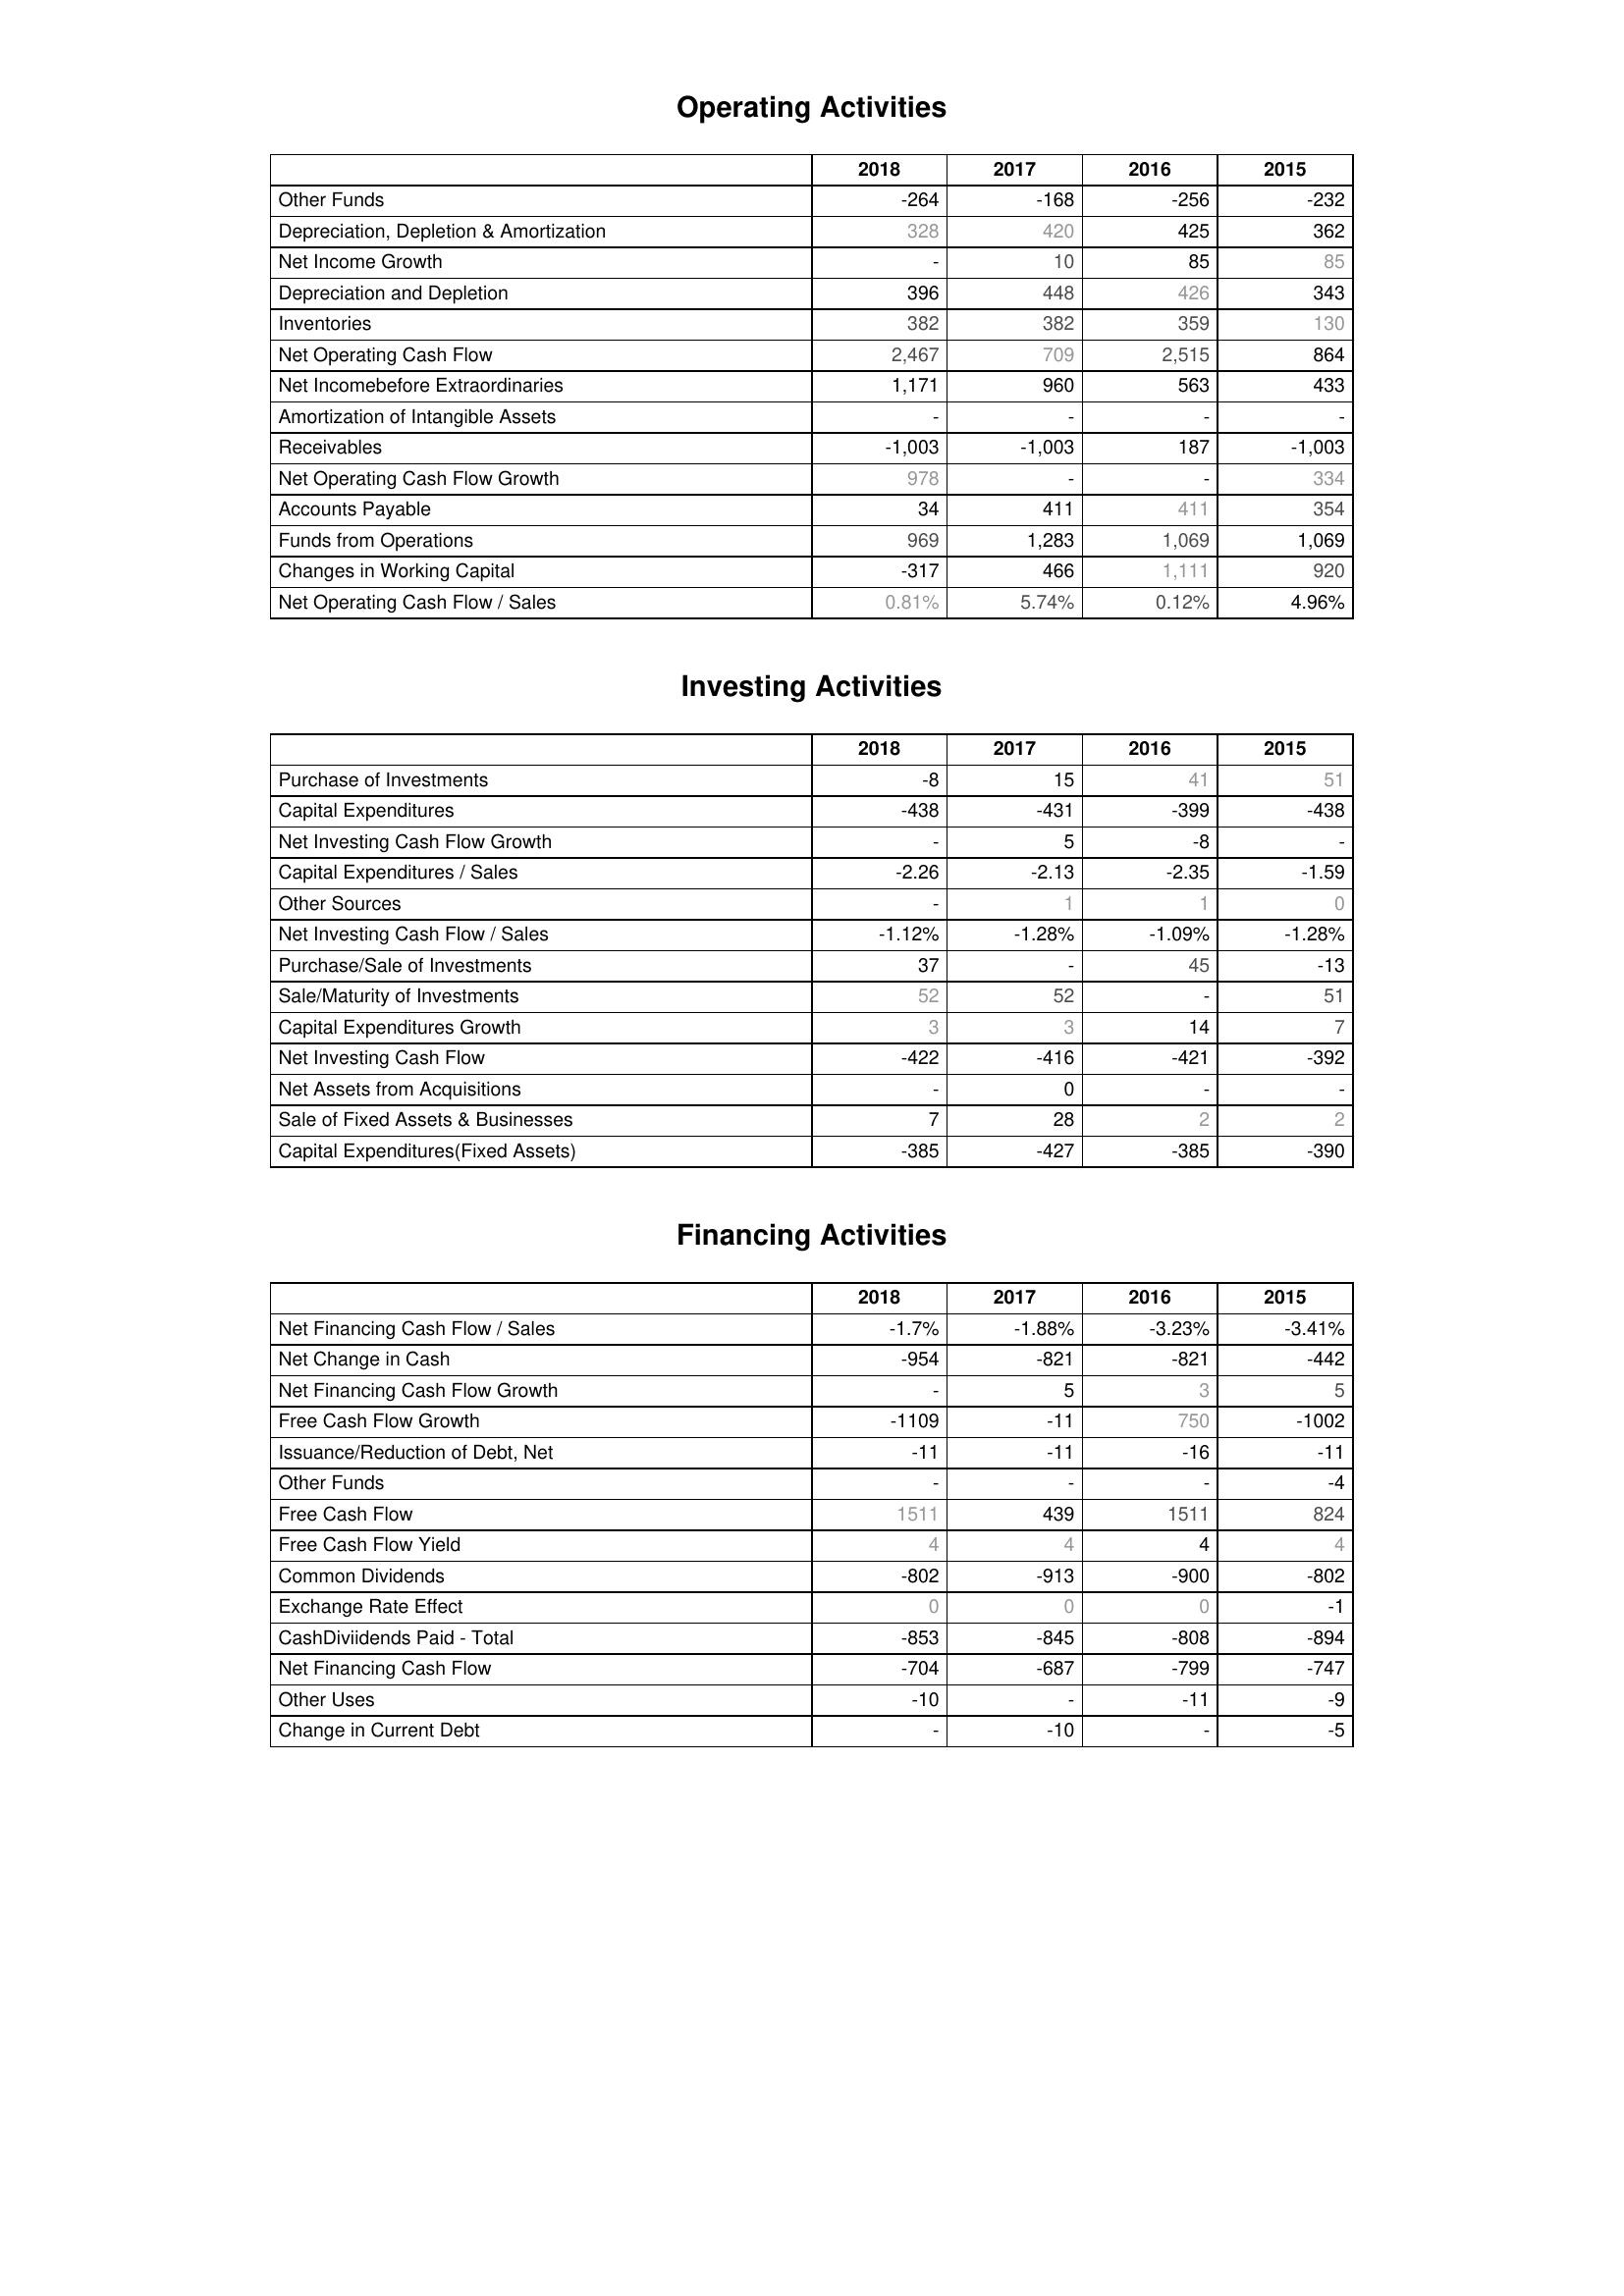
2018: Operating Activities: Other Funds: -264
Depreciation, Depletion & Amortization: 328
Net Income Growth: -
Depreciation and Depletion: 396
Inventories: 382
Net Operating Cash Flow: 2,467
Net Incomebefore Extraordinaries: 1,171
Amortization of Intangible Assets: -
Receivables: -1,003
Net Operating Cash Flow Growth: 978
Accounts Payable: 34
Funds from Operations: 969
Changes in Working Capital: -317
Net Operating Cash Flow / Sales: 0.81%
Investing Activities: Purchase of Investments: -8
Capital Expenditures: -438
Net Investing Cash Flow Growth: -
Capital Expenditures / Sales: -2.26
Other Sources: -
Net Investing Cash Flow / Sales: -1.12%
Purchase/Sale of Investments: 37
Sale/Maturity of Investments: 52
Capital Expenditures Growth: 3
Net Investing Cash Flow: -422
Net Assets from Acquisitions: -
Sale of Fixed Assets & Businesses: 7
Capital Expenditures(Fixed Assets): -385
Financing Activities: Net Financing Cash Flow / Sales: -1.7%
Net Change in Cash: -954
Net Financing Cash Flow Growth: -
Free Cash Flow Growth: -1109
Issuance/Reduction of Debt, Net: -11
Other Funds: -
Free Cash Flow: 1511
Free Cash Flow Yield: 4
Common Dividends: -802
Exchange Rate Effect: 0
CashDiviidends Paid - Total: -853
Net Financing Cash Flow: -704
Other Uses: -10
Change in Current Debt: -
2017: Operating Activities: Other Funds: -168
Depreciation, Depletion & Amortization: 420
Net Income Growth: 10
Depreciation and Depletion: 448
Inventories: 382
Net Operating Cash Flow: 709
Net Incomebefore Extraordinaries: 960
Amortization of Intangible Assets: -
Receivables: -1,003
Net Operating Cash Flow Growth: -
Accounts Payable: 411
Funds from Operations: 1,283
Changes in Working Capital: 466
Net Operating Cash Flow / Sales: 5.74%
Investing Activities: Purchase of Investments: 15
Capital Expenditures: -431
Net Investing Cash Flow Growth: 5
Capital Expenditures / Sales: -2.13
Other Sources: 1
Net Investing Cash Flow / Sales: -1.28%
Purchase/Sale of Investments: -
Sale/Maturity of Investments: 52
Capital Expenditures Growth: 3
Net Investing Cash Flow: -416
Net Assets from Acquisitions: 0
Sale of Fixed Assets & Businesses: 28
Capital Expenditures(Fixed Assets): -427
Financing Activities: Net Financing Cash Flow / Sales: -1.88%
Net Change in Cash: -821
Net Financing Cash Flow Growth: 5
Free Cash Flow Growth: -11
Issuance/Reduction of Debt, Net: -11
Other Funds: -
Free Cash Flow: 439
Free Cash Flow Yield: 4
Common Dividends: -913
Exchange Rate Effect: 0
CashDiviidends Paid - Total: -845
Net Financing Cash Flow: -687
Other Uses: -
Change in Current Debt: -10
2016: Operating Activities: Other Funds: -256
Depreciation, Depletion & Amortization: 425
Net Income Growth: 85
Depreciation and Depletion: 426
Inventories: 359
Net Operating Cash Flow: 2,515
Net Incomebefore Extraordinaries: 563
Amortization of Intangible Assets: -
Receivables: 187
Net Operating Cash Flow Growth: -
Accounts Payable: 411
Funds from Operations: 1,069
Changes in Working Capital: 1,111
Net Operating Cash Flow / Sales: 0.12%
Investing Activities: Purchase of Investments: 41
Capital Expenditures: -399
Net Investing Cash Flow Growth: -8
Capital Expenditures / Sales: -2.35
Other Sources: 1
Net Investing Cash Flow / Sales: -1.09%
Purchase/Sale of Investments: 45
Sale/Maturity of Investments: -
Capital Expenditures Growth: 14
Net Investing Cash Flow: -421
Net Assets from Acquisitions: -
Sale of Fixed Assets & Businesses: 2
Capital Expenditures(Fixed Assets): -385
Financing Activities: Net Financing Cash Flow / Sales: -3.23%
Net Change in Cash: -821
Net Financing Cash Flow Growth: 3
Free Cash Flow Growth: 750
Issuance/Reduction of Debt, Net: -16
Other Funds: -
Free Cash Flow: 1511
Free Cash Flow Yield: 4
Common Dividends: -900
Exchange Rate Effect: 0
CashDiviidends Paid - Total: -808
Net Financing Cash Flow: -799
Other Uses: -11
Change in Current Debt: -
2015: Operating Activities: Other Funds: -232
Depreciation, Depletion & Amortization: 362
Net Income Growth: 85
Depreciation and Depletion: 343
Inventories: 130
Net Operating Cash Flow: 864
Net Incomebefore Extraordinaries: 433
Amortization of Intangible Assets: -
Receivables: -1,003
Net Operating Cash Flow Growth: 334
Accounts Payable: 354
Funds from Operations: 1,069
Changes in Working Capital: 920
Net Operating Cash Flow / Sales: 4.96%
Investing Activities: Purchase of Investments: 51
Capital Expenditures: -438
Net Investing Cash Flow Growth: -
Capital Expenditures / Sales: -1.59
Other Sources: 0
Net Investing Cash Flow / Sales: -1.28%
Purchase/Sale of Investments: -13
Sale/Maturity of Investments: 51
Capital Expenditures Growth: 7
Net Investing Cash Flow: -392
Net Assets from Acquisitions: -
Sale of Fixed Assets & Businesses: 2
Capital Expenditures(Fixed Assets): -390
Financing Activities: Net Financing Cash Flow / Sales: -3.41%
Net Change in Cash: -442
Net Financing Cash Flow Growth: 5
Free Cash Flow Growth: -1002
Issuance/Reduction of Debt, Net: -11
Other Funds: -4
Free Cash Flow: 824
Free Cash Flow Yield: 4
Common Dividends: -802
Exchange Rate Effect: -1
CashDiviidends Paid - Total: -894
Net Financing Cash Flow: -747
Other Uses: -9
Change in Current Debt: -5